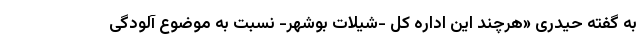
به گفته حیدری «هرچند این اداره کل -شیلات بوشهر- نسبت به موضوع آلودگی